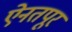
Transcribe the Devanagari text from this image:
ऐनतपूर